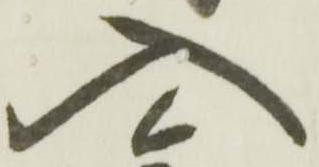
入